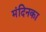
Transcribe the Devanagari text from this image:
मंदिनका